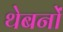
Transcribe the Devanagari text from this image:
थेबनों